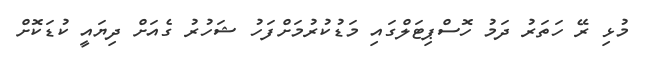
މުޅި ރޭ ހަތަރު ދަމު ހޮސްޕިޓަލްގައި މަޑުކުރުމަށްފަހު ޝަހުރު ގެއަށް ދިޔައީ ކުޑަކޮށް